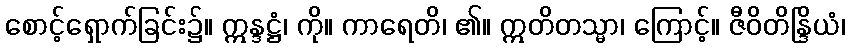
စောင့်ရှောက်ခြင်း၌။ ဣန္ဒဋ္ဌံ၊ ကို။ ကာရေတိ၊ ၏။ ဣတိတသ္မာ၊ ကြောင့်။ ဇီဝိတိန္ဒြိယံ၊